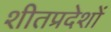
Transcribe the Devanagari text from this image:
शीतप्रदेशों